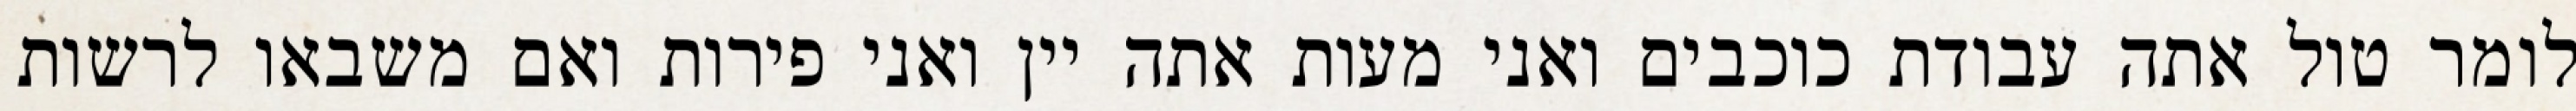
לומר טול אתה עבודת כוכבים ואני מעות אתה יין ואני פירות ואם משבאו לרשות